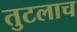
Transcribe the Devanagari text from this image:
तुटलाच